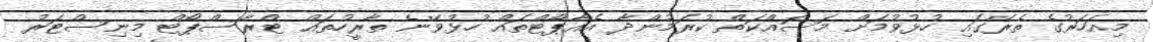
މިއަހަރުގެ ތެރޭގައި ހުޅުވުމަށް މަސައްކަތް ކުރަމުންދާ އެއާޕޯޓްތައް ހުޅުވޭނެ ތާރީހުތައް ޓްރާސްޕޯޓް މިނިސްޓަރު